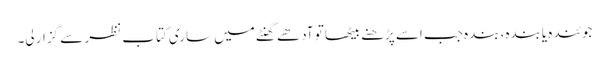
جوئندہ یابندہ، بندہ جب اسے پڑھنے بیٹھا تو آدھے گھنٹے میں ساری کتاب نظر سے گزار لی۔